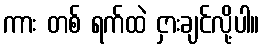
ကား တစ် ရက်ထဲ ငှားချင်လို့ပါ။